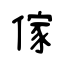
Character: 傢